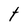
Character: t